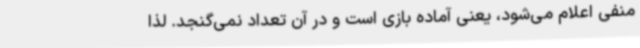
منفی اعلام می‌شود، یعنی آماده بازی است و در آن تعداد نمی‌گنجد. لذا